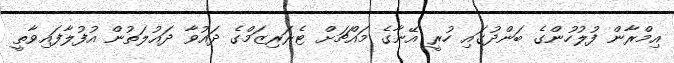
އިމްރާން ފުލުހުންގެ ބަންދުގައި ހުރީ އޭނާގެ މައްޗަށް ޓެރަރިޒަމްގެ ދައުވާ ދައުލަތުން އުފުލާފައިވާތީ